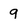
Character: 9